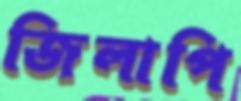
জিলাপি